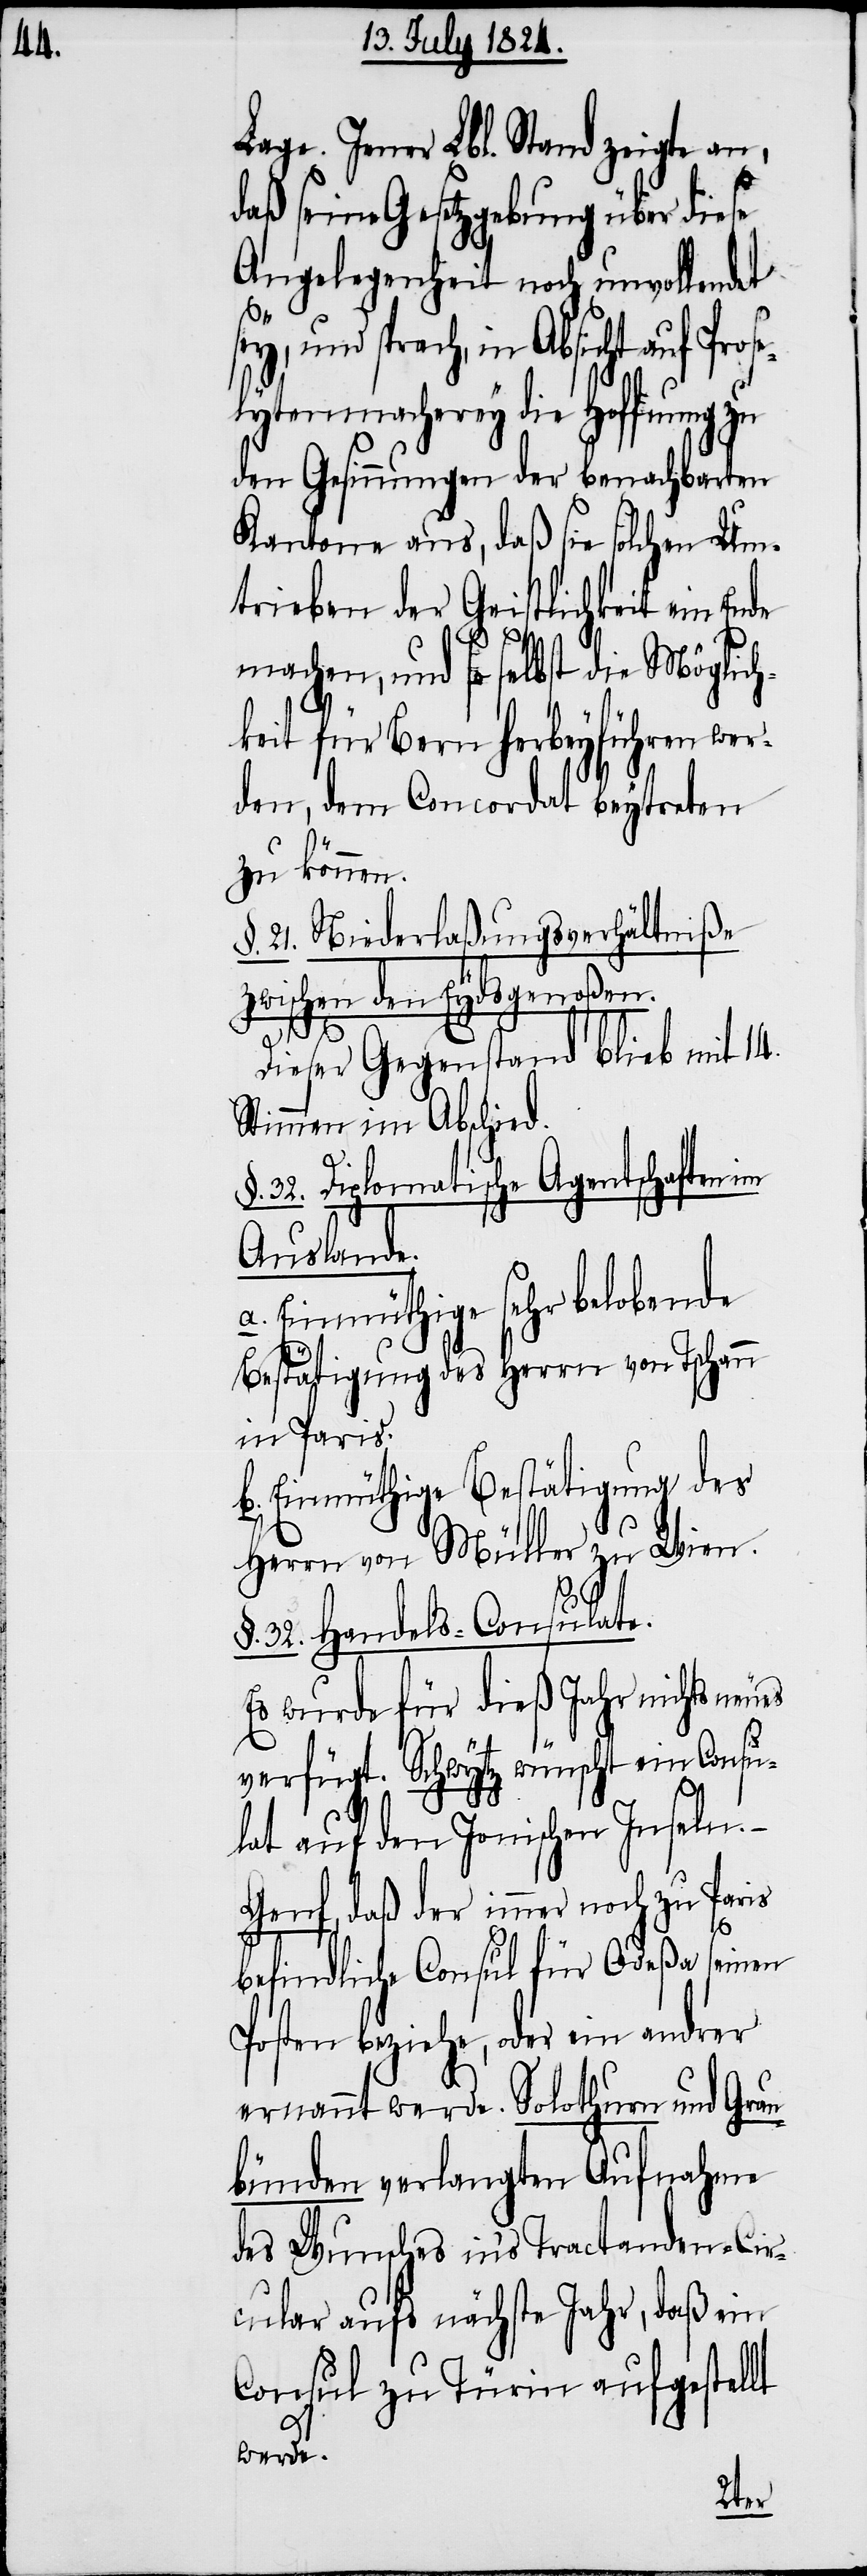
Lage. Jener Lbl. Stand zeigte an,
daß seine Gesetzgebung über diese
Angelegenheit noch unvollendet
ey, und sprach, in Absicht auf Pros¬
lytenmacherey die Hoffnung
den Gesinnungen der benachbarten
Kantone aus, daß sie solchen Um¬
trieben der Geistlichkeit ein Ende
machen, und so selbst die Möglic¬
hkeit für Bern herbeyführen wer¬
den, dem Concordat beytreten
zu können.
§. 21. Niederlaßungsverhältniße
zwischen den Eydsgenoßen.
Dieser Gegenstand blieb mit 14.
Stimmen im Abschied.
§. 32. Diplomatische Agentschaften im
Auslande.
a. Einmüthige sehr belobende
Bestätigung des Herrn von Tschann
in Paris.
b. Einmüthige Bestätigung des
Herrn von Müller zu Wien.
32. Handels-Consulate.
Es wurde für dieß Jahr nichts
verfügt. Schwytz wünscht ein Consu¬
lat auf den Ionischen Inseln.
Genf, daß der immer noch zu Paris
e¬
befindliche Consul für Odeßa seinen
Posten beziehe, oder ein andrer
ernannt werde. Solothurn und Grau¬
bünden verlangten Aufnahme
des Wunsches in’s Tractanden-Cir¬
cular aufs nächste Jahr, daß ein
Consul zu Türin aufgestellt
werde.